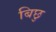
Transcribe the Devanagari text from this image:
बिछु